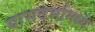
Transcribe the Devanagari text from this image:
यासदर्भामध्ये